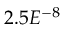
2 . 5 E ^ { - 8 }